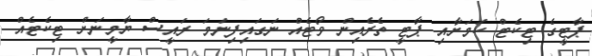
ޕާޓީގެ ޓިކެޓް ކަމަށާއި ޕާޓީ ތެރެއިން ވޯޓެއް ނަގައިފިނަމަ ރައީސް ޔާމީނަށް ޓިކެޓެއް